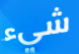
شيء